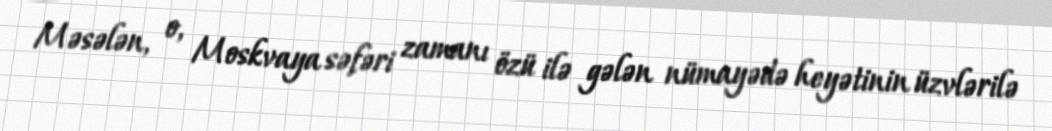
Məsələn, o, Moskvaya səfəri zamanı özü ilə gələn nümayədə heyətinin üzvlərilə